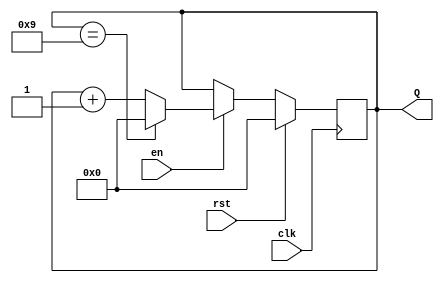
module BCD_Counter (
    input wire clk,      // Clock input
    input wire rst,      // Reset input
    input wire en,       // Enable input
    output reg [3:0] Q   // 4-bit output representing the BCD count
);

    // Always block triggered on the rising edge of the clock
    always @(posedge clk) begin
        if (rst) begin
            // If reset is high, set Q to 0000
            Q <= 4'b0000;
        end else if (en) begin
            // If enabled, increment the counter
            if (Q == 4'b1001) begin
                // If Q is 1001 (decimal 9), reset to 0000
                Q <= 4'b0000;
            end else begin
                // Otherwise, increment the counter
                Q <= Q + 1;
            end
        end
    end

endmodule